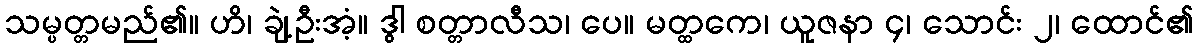
သမ္ပတ္တမည်၏။ ဟိ၊ ချဲ့ဦးအံ့။ ဒွါ စတ္တာလီသ၊ ပေ။ မတ္ထကေ၊ ယူဇနာ ၄၊ သောင်း ၂၊ ထောင်၏